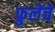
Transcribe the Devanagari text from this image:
फुलेंचे